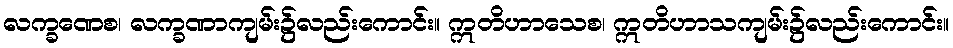
လက္ခဏေစ၊ လက္ခဏာကျမ်း၌လည်းကောင်း။ ဣတိဟာသေစ၊ ဣတိဟာသကျမ်း၌လည်းကောင်း။